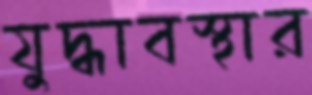
যুদ্ধাবস্থার